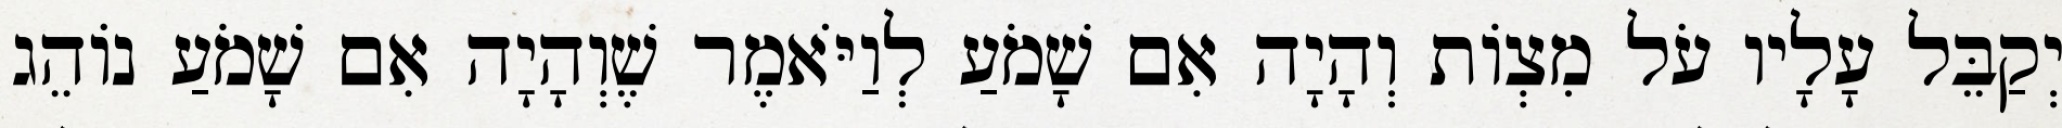
יְקַבֵּל עָלָיו עֹל מִצְוֹת וְהָיָה אִם שָׁמֹעַ לְוַיֹּאמֶר שֶׁוְהָיָה אִם שָׁמֹעַ נוֹהֵג